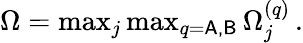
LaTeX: \begin{array}{r}{\Omega=\operatorname*{max}_{j}\operatorname*{max}_{q=\mathsf{A,B}}\Omega_{j}^{(q)}\, .}\end{array}